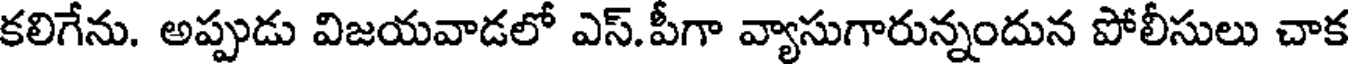
కలిగేను. అప్పుడు విజయవాడలో ఎస్.పీగా వ్యాసుగారున్నందున పోలీసులు చాక